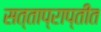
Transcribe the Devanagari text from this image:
सत्ताप्राप्तीत